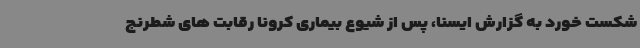
شکست خورد به گزارش ایسنا، پس از شیوع بیماری کرونا رقابت های شطرنج